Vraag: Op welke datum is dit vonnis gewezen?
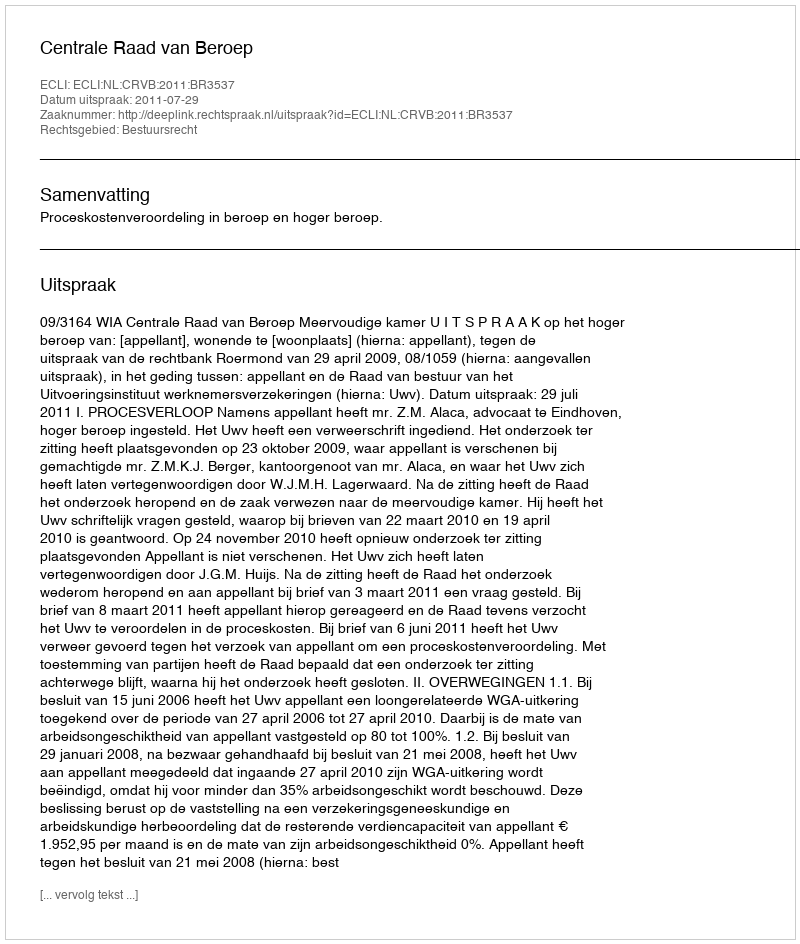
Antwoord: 2011-07-29